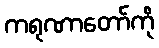
ကရုဏာတော်ကို